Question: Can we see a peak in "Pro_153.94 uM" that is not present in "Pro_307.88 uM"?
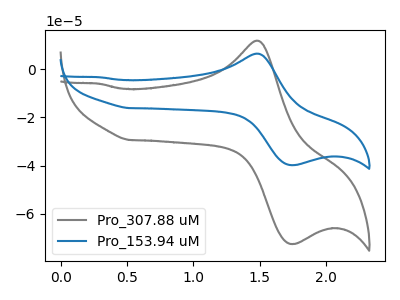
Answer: <think>The gray curve "Pro_307.88 uM" has an anodic peak at (1.45V, 11.95uA) and a cathodic peak at (1.75V, -72.65uA). The blue curve "Pro_153.94 uM" has an anodic peak at (1.45V, 6.55uA) and a cathodic peak at (1.75V, -39.85uA).
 All the peaks in "Pro_153.94 uM" have a peak in "Pro_307.88 uM" at the same potential. Every peak in "Pro_153.94 uM" is lower than every peak in "Pro_307.88 uM".</think>
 <answer>No, "Pro_153.94 uM" and "Pro_307.88 uM" don't appear to be significantly different in shape</answer>
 <eval>no_change</eval>